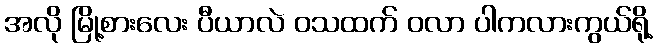
အလို မြို့စားလေး ပီယာလဲ ဝသထက် ဝလာ ပါကလားကွယ်ရို့